Indian journal of veterinary science and animal husbandry - Volume 7,
Year: 1937
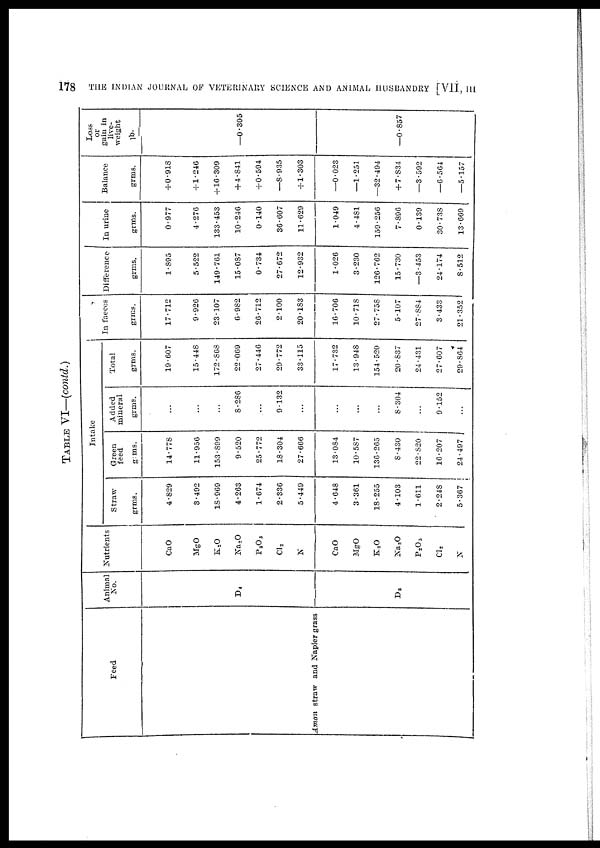
178
THE INDIAN JOURNAL OF VETERINARY SCIENCE AND ANIMAL HUSBANDRY [VII, III
TABLE VI—(contd.)
Feed
Aman straw and Napier grass
Animal
No.
D 4
D 5
Nutrients
CaO
MgO
K 2 O
Na 2 0
P 2 O 5
Cl 2
N
CaO
MgO
K 2 O
Na 2 O
P 2 O 3
Cl 2
N
Intake
Straw
grms.
4.829
3.492
18.969
4.263
1.674
2.336
5.449
4.648
3.361
18.255
4.103
1.611
2.248
5.367
Green
feed
g:ms.
14.778
11.956
153.899
9.520
25.772
18.304
27.666
13.084
10.587
136.265
8.430
22.820
16.207
24.497
Added
mineral
grms.
...
...
...
8.286
...
9.132
...
...
...
...
8.304
...
9.152
...
Total
grms.
19.607
15.448
172.868
22.069
27.446
29.772
33.115
17.732
13.948
154.520
20.837
24.431
27.607
29.864
In faeces
grms.
17.712
9.926
23.107
6.982
26.712
2.100
20.183
16.706
10.718
27.758
5.107
27.884
3.433
21.352
Difference
grms.
1.895
5.522
149.761
15.087
0.734
27.672
12.932
1.026
3.230
126.762
15.730
—3.453
24.174
8.512
In urine
grms.
0.977
4.276
133.453
10.246
0.140
36.607
11.629
1.049
4.481
159.256
7.896
0.139
30.738
13.669
Balance
grms.
+0.918
+1.246
+16.309
+4.841
+0.594
—8.935
+ 1.303
—0.023
—1.251
—32.494
+ 7.834
—3.592
—6.564
—5.157
Loss
or
gain in
live.
weight
lb.
—0.305
—0.857